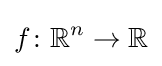
f\colon \mathbb {R} ^{n}\rightarrow \mathbb {R}